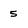
Character: 5